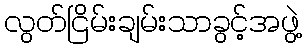
လွတ်ငြိမ်းချမ်းသာခွင့်အဖွဲ့